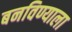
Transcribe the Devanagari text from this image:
बनविण्याला